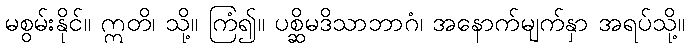
မစွမ်းနိုင်။ ဣတိ၊ သို့။ ကြံ၍။ ပစ္ဆိမဒိသာဘာဂံ၊ အနောက်မျက်နှာ အရပ်သို့။